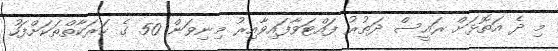
މި ދެ އަތޮޅަށް ރައީސް ދަތުރު ފައްޓަވާފައިވާއިރު މިނިވަން 50 ގެ ހަރަކާތްތަކަށްފަހު